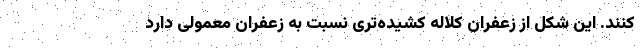
کنند. این شکل از زعفران کلاله کشیده‌تری نسبت به زعفران معمولی دارد